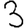
Digit: 3